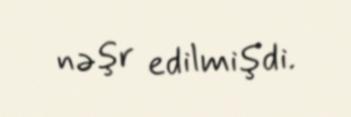
nəşr edilmişdi.